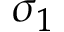
\sigma _ { 1 }